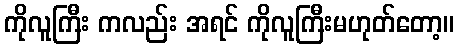
ကိုလူကြီး ကလည်း အရင် ကိုလူကြီးမဟုတ်တော့။